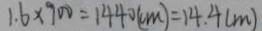
1 . 6 \times 9 0 0 = 1 4 4 0 ( c m ) = 1 4 . 4 ( m )